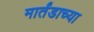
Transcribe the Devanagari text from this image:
मार्तंडाच्या